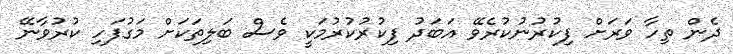
ދެން ތިހާ ވަރަށް ފިކުރުނުކުރެވޭ އަބަދު ފިކުރުކުރުމަކީ ވެސް ބަލިތަކަށް މަގުފަހި ކުރުވާނޭ